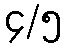
၄/၅